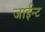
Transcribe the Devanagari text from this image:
जाईन्ट